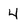
Character: 4